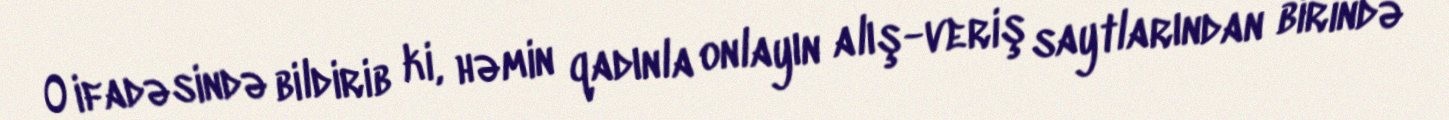
O ifadəsində bildirib ki, həmin qadınla onlayın alış-veriş saytlarından birində